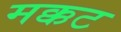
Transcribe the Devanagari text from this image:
मक्कट